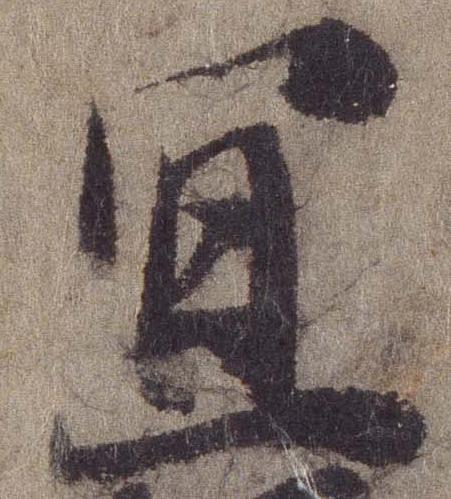
宜